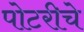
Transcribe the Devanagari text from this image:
पोटरीचे